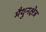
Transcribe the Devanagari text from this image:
मैथुनक्षेत्र